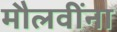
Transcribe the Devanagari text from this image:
मौलवींना